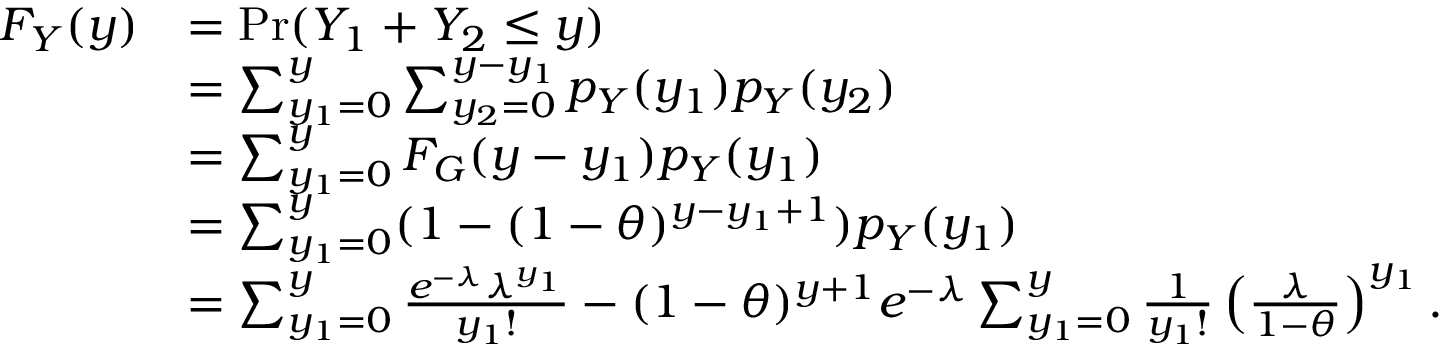
\begin{array} { r l } { F _ { Y } ( y ) } & { = \operatorname* { P r } ( Y _ { 1 } + Y _ { 2 } \leq y ) } \\ & { = \sum _ { y _ { 1 } = 0 } ^ { y } \sum _ { y _ { 2 } = 0 } ^ { y - y _ { 1 } } p _ { Y } ( y _ { 1 } ) p _ { Y } ( y _ { 2 } ) } \\ & { = \sum _ { y _ { 1 } = 0 } ^ { y } F _ { G } ( y - y _ { 1 } ) p _ { Y } ( y _ { 1 } ) } \\ & { = \sum _ { y _ { 1 } = 0 } ^ { y } ( 1 - ( 1 - \theta ) ^ { y - y _ { 1 } + 1 } ) p _ { Y } ( y _ { 1 } ) } \\ & { = \sum _ { y _ { 1 } = 0 } ^ { y } \frac { e ^ { - \lambda } \lambda ^ { y _ { 1 } } } { y _ { 1 } ! } - ( 1 - \theta ) ^ { y + 1 } e ^ { - \lambda } \sum _ { y _ { 1 } = 0 } ^ { y } \frac { 1 } { y _ { 1 } ! } \left( \frac { \lambda } { 1 - \theta } \right) ^ { y _ { 1 } } . } \end{array}